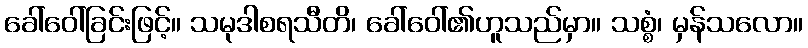
ခေါ်ဝေါ်ခြင်းဖြင့်။ သမုဒါစရသီတိ၊ ခေါ်ဝေါ်၏ဟူသည်မှာ။ သစ္စံ၊ မှန်သလော။